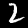
Label: 2